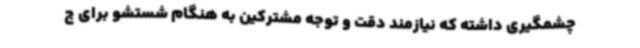
چشمگیری داشته که نیازمند دقت و توجه مشترکین به هنگام شستشو برای ج